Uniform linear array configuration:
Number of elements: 24
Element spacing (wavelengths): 0.25
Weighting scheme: hann
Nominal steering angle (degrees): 30
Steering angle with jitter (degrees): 29.421
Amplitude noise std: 0.05
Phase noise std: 0.05

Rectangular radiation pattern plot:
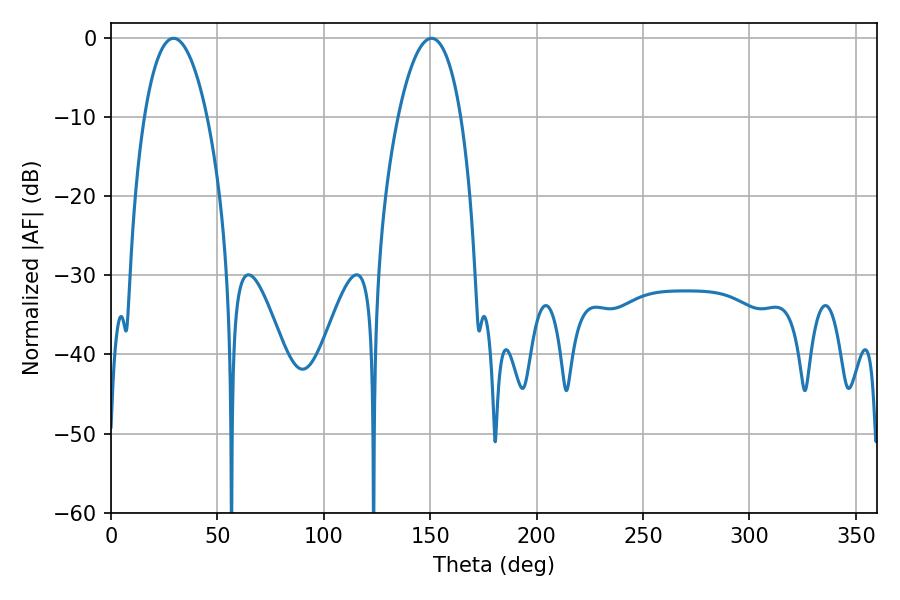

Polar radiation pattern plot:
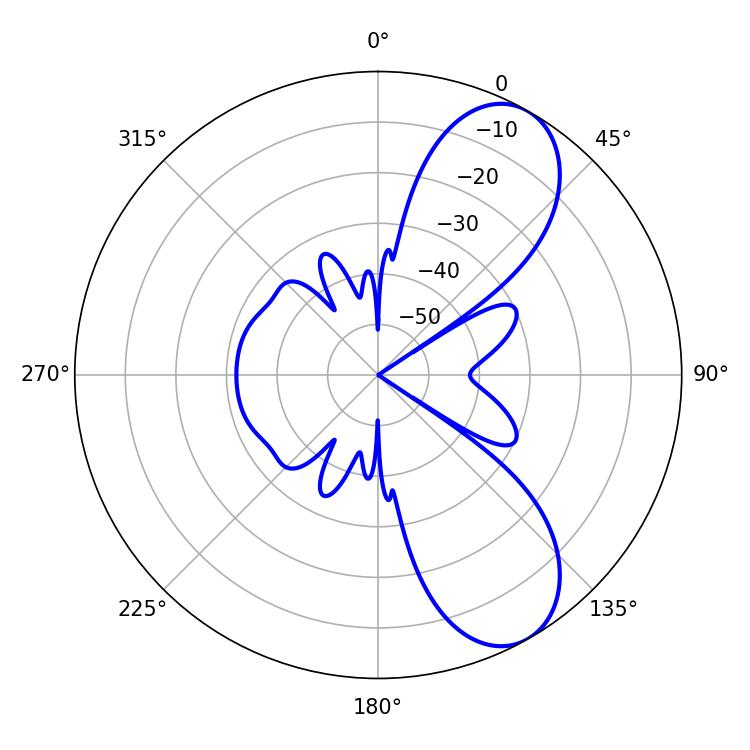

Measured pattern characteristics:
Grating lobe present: FALSE
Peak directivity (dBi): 8.206
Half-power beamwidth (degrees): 16.56
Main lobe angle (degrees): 29.34